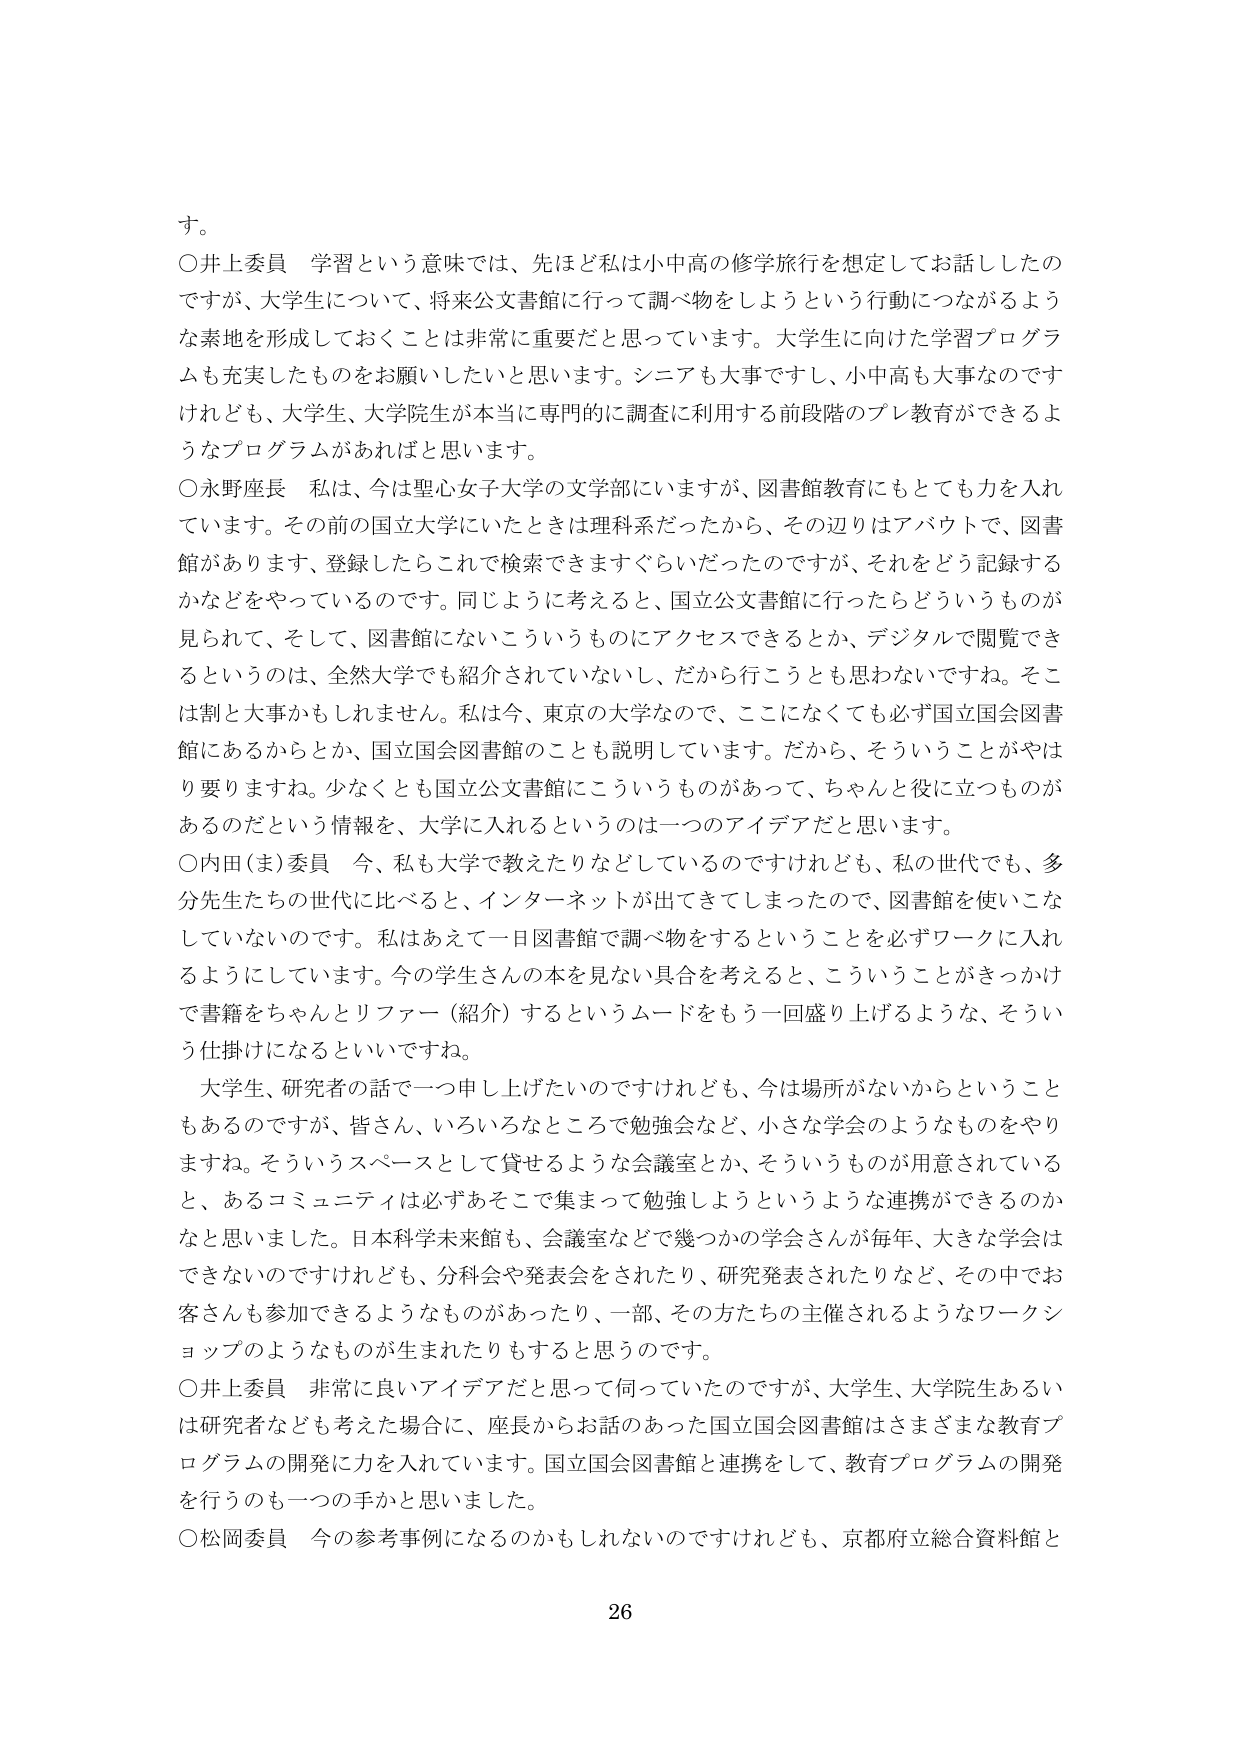
す。

○井上委員　学習という意味では、先ほど私は小中高の修学旅行を想定してお話したのですが、大学生について、将来公文書館に行って調べ物をしようという行動につながるような素地を形成しておくことは非常に重要だと思っています。大学生に向けた学習プログラムも充実したものをお願いしたいと思います。シニアも大事ですし、小中高も大事なのですが、けれども、大学生、大学院生が本当に専門的に調査に利用する前段階のプレ教育ができるようなプログラムがあればと思います。

○永野座長　私は、今は聖心女子大学の文学部にいますが、図書館教育にもとても力を入れています。その前の国立大学にいたときは理科系だったから、その辺りはアバウトで、図書館があります、登録したらこれで検索できますぐらいだったのですが、それをどう記録するかなどをやっているのです。同じように考えると、国立公文書館に行ったらどういうものが見られて、そして、図書館にないこういうものにアクセスできるとか、デジタルで閲覧できるというのは、全然大学でも紹介されていないし、だから行こうとも思わないですね。そこは割と大事かもしれません。私は今、東京の大学なので、ここになくても必ず国立国会図書館にあるからとか、国立国会図書館のことも説明しています。だから、そういうことがやはり要りますね。少なくとも国立公文書館にこういうものがあって、ちゃんと役に立つものがあるのだという情報を、大学に入れるというのは一つのアイデアだと思います。

○内田（ま）委員　今、私も大学で教えたりなどしているのですけれども、私の世代でも、多分先生たちの世代に比べると、インターネットが出てきてしまったので、図書館を使いこなしていないのです。私はあえて一日図書館で調べ物をするということを必ずワークに入れるようにしています。今の学生さんの本を見ない具合を考えると、こういうことがきっかけで書籍をちゃんとリファー（紹介）するというムードをもう一回盛り上げるような、そういう仕掛けになるといいですね。

　大学生、研究者の話で一申し上げたいのですけれども、今は場所がないからということもあるのですが、皆さん、いろいろなところで勉強会など、小さな学会のようなものをやりますね。そういうスペースとして貸せるような会議室とか、そういうものが用意されていると、あるコミュニティは必ずあそこで集まって勉強しようというような連携ができるのかなと思いました。日本科学未来館も、会議室などで幾つかの学会さんが毎年、大きな学会はできないのですけれども、分科会や発表会をされたり、研究発表されたりなど、その中でお客さんも参加できるようなものがあったり、一部、その方たちの主催されるようなワークショップのようなものが生まれたりもすると思うのです。

○井上委員　非常に良いアイデアだと思って伺っていたのですが、大学生、大学院生あるいは研究者なども考えた場合に、座長からお話のあった国立国会図書館はさまざまな教育プログラムの開発に力を入れています。国立国会図書館と連携をして、教育プログラムの開発を行うのも一つの手かと思いました。

○松岡委員　今の参考事例になるのかもしれないのですけれども、京都府立総合資料館と

26